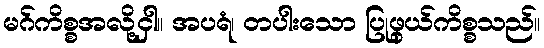
မဂ်ကိစ္စအလို့ငှါ။ အပရံ၊ တပါးသော ပြုဖွယ်ကိစ္စသည်။